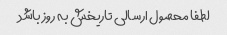
لطفا محصول ارسالی تاریخش به روز باشد